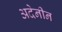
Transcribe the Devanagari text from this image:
अदेनीन